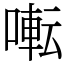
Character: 𫝚